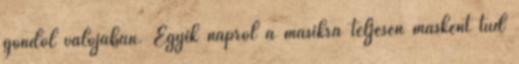
gondol valójában. Egyik napról a másikra teljesen másként tud